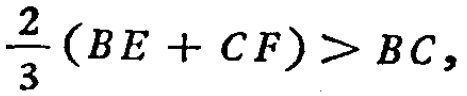
$\frac{2}{3}(BE + CF)>BC,$